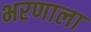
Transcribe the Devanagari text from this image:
भरणाला